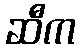
ဆီက